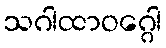
သဂါထာဝဂ္ဂေါ